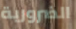
الضرورية